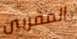
المقربين